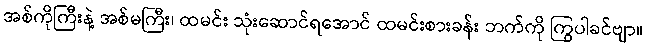
အစ်ကိုကြီးနဲ့ အစ်မကြီး၊ ထမင်း သုံးဆောင်ရအောင် ထမင်းစားခန်း ဘက်ကို ကြွပါခင်ဗျာ။